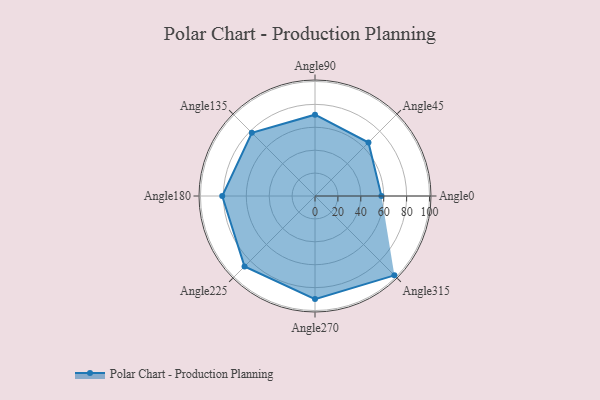
{"axis": {"x": "Angle", "y": "Radius"}, "legend": [""], "data": [{"x": "Angle0", "y": 58.0, "type": ""}, {"x": "Angle45", "y": 66.0, "type": ""}, {"x": "Angle90", "y": 71.0, "type": ""}, {"x": "Angle135", "y": 78.0, "type": ""}, {"x": "Angle180", "y": 81.0, "type": ""}, {"x": "Angle225", "y": 87.0, "type": ""}, {"x": "Angle270", "y": 90.0, "type": ""}, {"x": "Angle315", "y": 98.0, "type": ""}]}